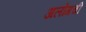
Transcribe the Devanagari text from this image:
अलोंगची